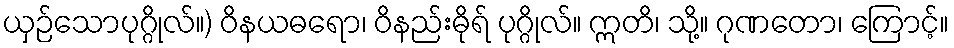
ယှဉ်သောပုဂ္ဂိုလ်။) ဝိနယဓရော၊ ဝိနည်းဓိုရ် ပုဂ္ဂိုလ်။ ဣတိ၊ သို့။ ဂုဏတော၊ ကြောင့်။